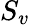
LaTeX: S_{v}